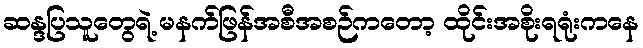
ဆန္ဒပြသူတွေရဲ့ မနက်ဖြန်အစီအစဉ်ကတော့ ထိုင်းအစိုးရရုံးကနေ